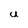
Character: u